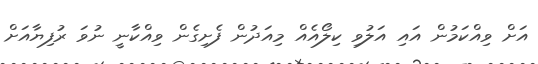
އަށް ވިއްކަމުން އައި އަލުވި ކިލޯއެއް މިއަދުން ފެށިގެން ވިއްކާނީ ނުވަ ރުފިޔާއަށް